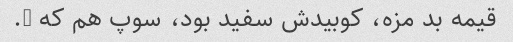
قیمه بد مزه، کوبیدش سفید بود، سوپ هم که ….